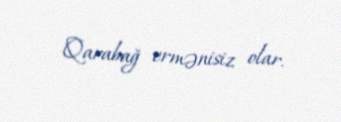
Qarabağ ermənisiz olar.